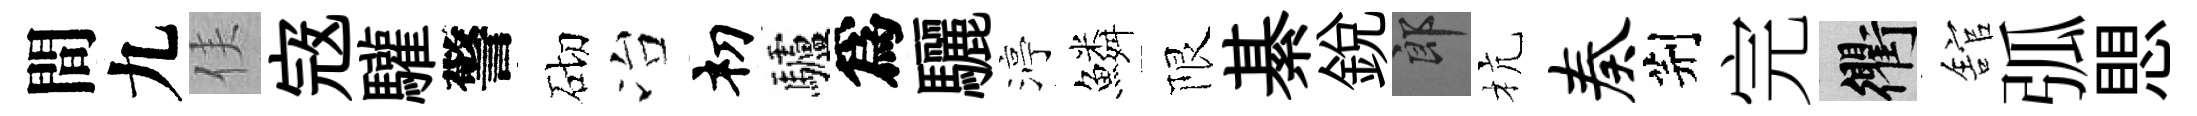
間九侯𡨥驩警砌冶𥘉驢爲驪渟鱗限綦銳郎杭奏荆完衢舘弧愳